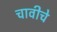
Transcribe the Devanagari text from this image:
चावीचे